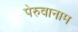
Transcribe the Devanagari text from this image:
पेरुवानाम